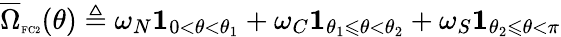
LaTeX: \overline{{\Omega}}_{\textnormal{\tiny{FC2}}}(\theta)\triangleq\omega_{N}\mathbf{1}_{0<\theta<\theta_{1}}+\omega_{C}\mathbf{1}_{\theta_{1}\leqslant\theta<\theta_{2}}+\omega_{S}\mathbf{1}_{\theta_{2}\leqslant\theta<\pi}